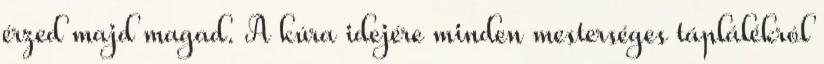
érzed majd magad. A kúra idejére minden mesterséges táplálékról